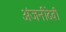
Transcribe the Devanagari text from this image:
अंजनीदेवी